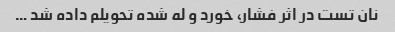
نان تست در اثر فشار، خورد و له شده تحویلم داده شد …